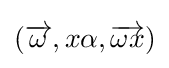
({\overrightarrow {\omega }},x\alpha ,{\overrightarrow {\omega x}})